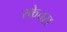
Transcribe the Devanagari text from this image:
स्केचस